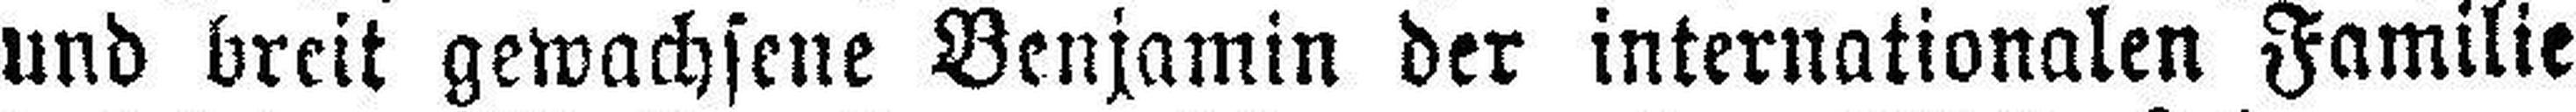
und breit gewachsene Benjamin der internationalen Familie